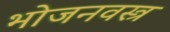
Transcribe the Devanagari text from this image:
भोजनवस्त्र